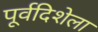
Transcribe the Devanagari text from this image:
पूर्वदिशेला